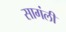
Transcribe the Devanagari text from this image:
सागंली